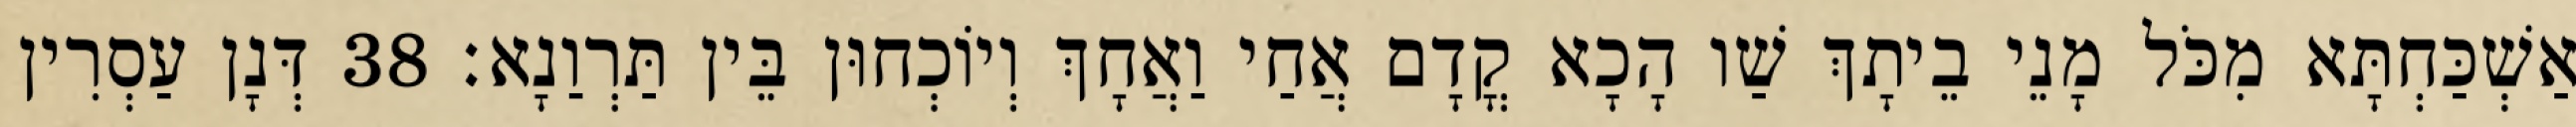
אַשְׁכַּחְתָּא מִכֹּל מָנֵי בֵיתָךְ שַׁו הָכָא קֳדָם אֲחַי וַאֲחָךְ וְיוֹכְחוּן בֵּין תַּרְוַנָא׃ 38 דְּנָן עַסְרִין